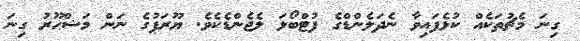
ގިނަ މެޗުތަކެއް ކުޅެފައިވާ ނެދަލެންޑްގެ ފުޓްބޯޅަ ލެޖެންޑެކެވެ. ޔޫރަޕުގެ ނަން މަޝްޙޫރު ގިނަ